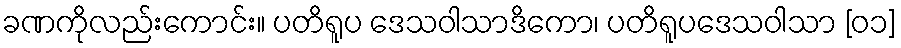
ခဏကိုလည်းကောင်း။ ပတိရူပ ဒေသဝါသာဒိကော၊ ပတိရူပဒေသဝါသာ [၀၁]